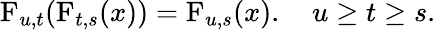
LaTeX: \operatorname{F}_{u,t}(\operatorname{F}_{t,s}(x))=\operatorname{F}_{u,s}(x).\quad u\geq t\geq s.